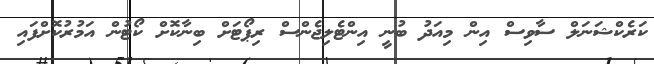
ކަރެކްޝަނަލް ސާވިސް އިން މިއަދު ބުނީ އިންޓެލިޖެންސް ރިޕޯޓަށް ބިނާކޮށް ކޯޓުން އަމުރުކޮށްފައި